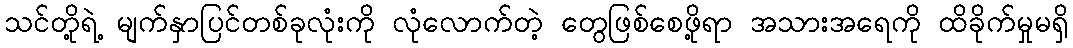
သင်တို့ရဲ့ မျက်နှာပြင်တစ်ခုလုံးကို လုံလောက်တဲ့ တွေဖြစ်စေဖို့ရာ အသားအရေကို ထိခိုက်မှုမရှိ